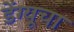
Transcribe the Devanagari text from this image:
डेंग्यूचा